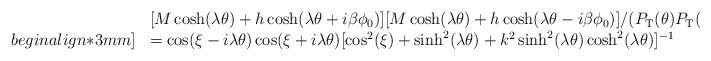
LaTeX: \begin{align*}\begin{array}{ll}&[M\cosh(\lambda \theta) + h\cosh(\lambda \theta +i\beta\phi_0)] [M\cosh(\lambda \theta) + {h}\cosh (\lambda \theta -i\beta\phi_0)]/(P_{\rm T}( \theta)P_{\rm T}(-\theta)) \\begin{align*}3mm]&= \cos(\xi -i\lambda\theta)\cos(\xi +i\lambda\theta)[\cos^2(\xi) + \sinh^2(\lambda \theta) + k^2\sinh^2(\lambda \theta)\cosh^2(\lambda \theta)]^{-1} \end{array}\end{align*}